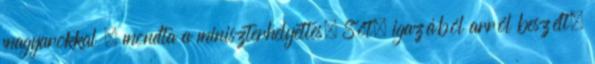
magyarokkal – mondta a miniszterhelyettes. Sőt, igazából arról beszélt,